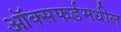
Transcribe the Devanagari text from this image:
ऑक्सफर्डमधील